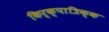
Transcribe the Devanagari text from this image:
किर्क्पात्रिक्क